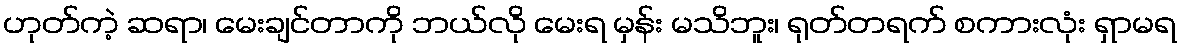
ဟုတ်ကဲ့ ဆရာ၊ မေးချင်တာကို ဘယ်လို မေးရ မှန်း မသိဘူး၊ ရုတ်တရက် စကားလုံး ရှာမရ